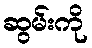
ဆွမ်းကို